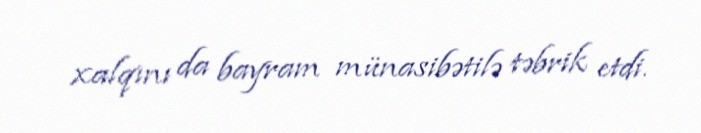
xalqını da bayram münasibətilə təbrik etdi.